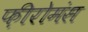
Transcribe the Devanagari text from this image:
फ़ीरोमंस